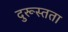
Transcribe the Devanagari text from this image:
दुरूस्तता